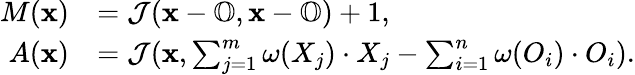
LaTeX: \begin{array}{rl}{M(\mathbf{x})}&{=\mathcal{J}(\mathbf{x}-\mathbb{O},\mathbf{x}-\mathbb{O})+1,}\\ {A(\mathbf{x})}&{=\mathcal{J}(\mathbf{x},\sum_{j=1}^{m}\omega(X_{j})\cdot X_{j}-\sum_{i=1}^{n}\omega(O_{i})\cdot O_{i}).}\end{array}